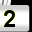
Digit: 2